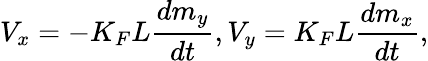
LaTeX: V_{x}=-K_{F}L\frac{dm_{y}}{dt},V_{y}=K_{F}L\frac{dm_{x}}{dt},